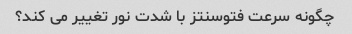
چگونه سرعت فتوسنتز با شدت نور تغییر می کند؟